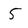
Character: 5